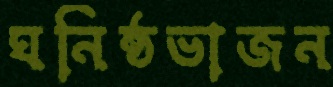
ঘনিষ্ঠভাজন